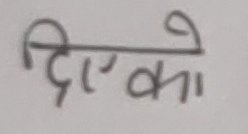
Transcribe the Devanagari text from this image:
दिएका